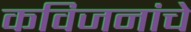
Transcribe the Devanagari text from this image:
कविजनांचे